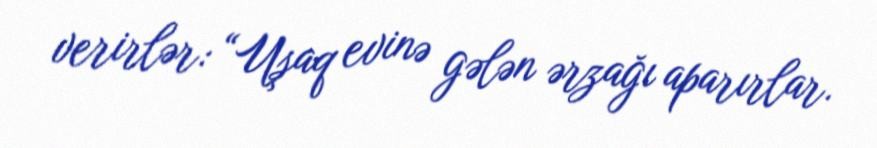
verirlər: “Uşaq evinə gələn ərzağı aparırlar.